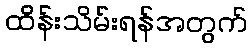
ထိန်းသိမ်းရန်အတွက်